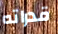
قدراته